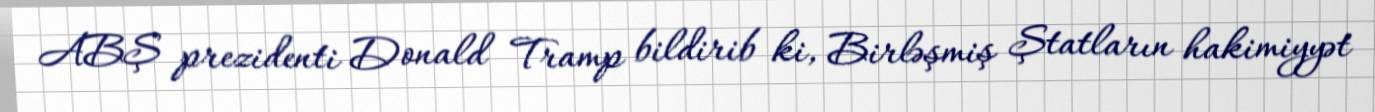
ABŞ prezidenti Donald Tramp bildirib ki, Birləşmiş Ştatların hakimiyyət